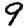
Digit: 9